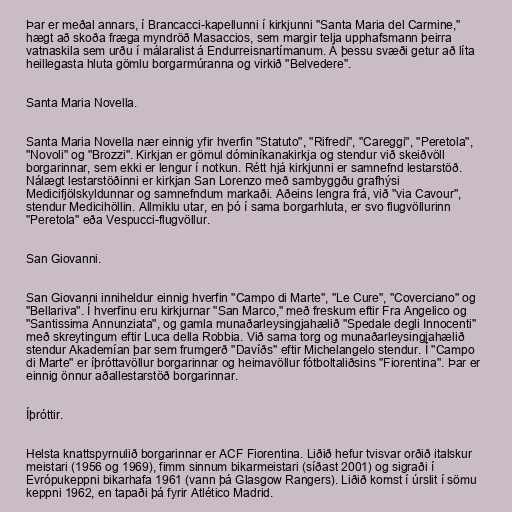
Þar er meðal annars, í Brancacci-kapellunni í kirkjunni "Santa Maria del Carmine,"
hægt að skoða fræga myndröð Masaccios, sem margir telja upphafsmann þeirra
vatnaskila sem urðu í málaralist á Endurreisnartímanum. Á þessu svæði getur að líta
heillegasta hluta gömlu borgarmúranna og virkið "Belvedere".

Santa Maria Novella.

Santa Maria Novella nær einnig yfir hverfin "Statuto", "Rifredi", "Careggi", "Peretola",
"Novoli" og "Brozzi". Kirkjan er gömul dóminíkanakirkja og stendur við skeiðvöll
borgarinnar, sem ekki er lengur í notkun. Rétt hjá kirkjunni er samnefnd lestarstöð.
Nálægt lestarstöðinni er kirkjan San Lorenzo með sambyggðu grafhýsi
Medicifjölskyldunnar og samnefndum markaði. Aðeins lengra frá, við "via Cavour",
stendur Medicihöllin. Allmiklu utar, en þó í sama borgarhluta, er svo flugvöllurinn
"Peretola" eða Vespucci-flugvöllur.

San Giovanni.

San Giovanni inniheldur einnig hverfin "Campo di Marte", "Le Cure", "Coverciano" og
"Bellariva". Í hverfinu eru kirkjurnar "San Marco," með freskum eftir Fra Angelico og
"Santissima Annunziata", og gamla munaðarleysingjahælið "Spedale degli Innocenti"
með skreytingum eftir Luca della Robbia. Við sama torg og munaðarleysingjahælið
stendur Akademían þar sem frumgerð "Davíðs" eftir Michelangelo stendur. Í "Campo
di Marte" er íþróttavöllur borgarinnar og heimavöllur fótboltaliðsins "Fiorentina". Þar er
einnig önnur aðallestarstöð borgarinnar.

Íþróttir.

Helsta knattspyrnulið borgarinnar er ACF Fiorentina. Liðið hefur tvisvar orðið italskur
meistari (1956 og 1969), fimm sinnum bikarmeistari (síðast 2001) og sigraði í
Evrópukeppni bikarhafa 1961 (vann þá Glasgow Rangers). Liðið komst í úrslit í sömu
keppni 1962, en tapaði þá fyrir Atlético Madrid.